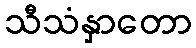
သီသံနှာတော